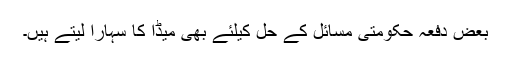
بعض دفعہ حکومتی مسائل کے حل کیلئے بھی میڈٰا کا سہارا لیتے ہیں۔